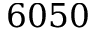
6 0 5 0